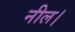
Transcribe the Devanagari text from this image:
नील।